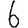
Digit: 6